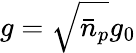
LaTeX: g=\sqrt{\bar{n}_{p}}g_{0}